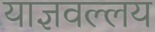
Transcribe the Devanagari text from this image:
याज्ञवल्लय